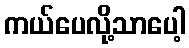
ကယ်ပေလို့သာပေါ့